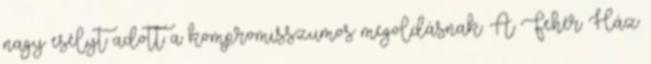
nagy esélyt adott a kompromisszumos megoldásnak. A Fehér Ház